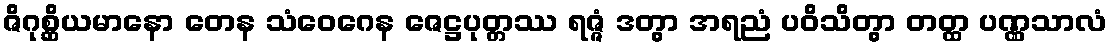
ဇိဂုစ္ဆိယမာနော တေန သံဝေဂေန ဇေဋ္ဌပုတ္တဿ ရဇ္ဇံ ဒတွာ အရညံ ပဝိသိတွာ တတ္ထ ပဏ္ဏသာလံ